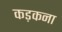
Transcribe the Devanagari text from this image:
कड़कना